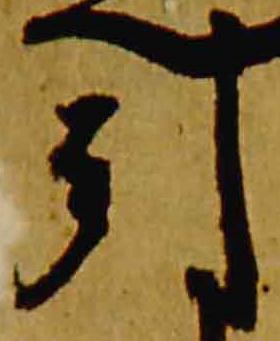
引